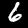
Digit: 6